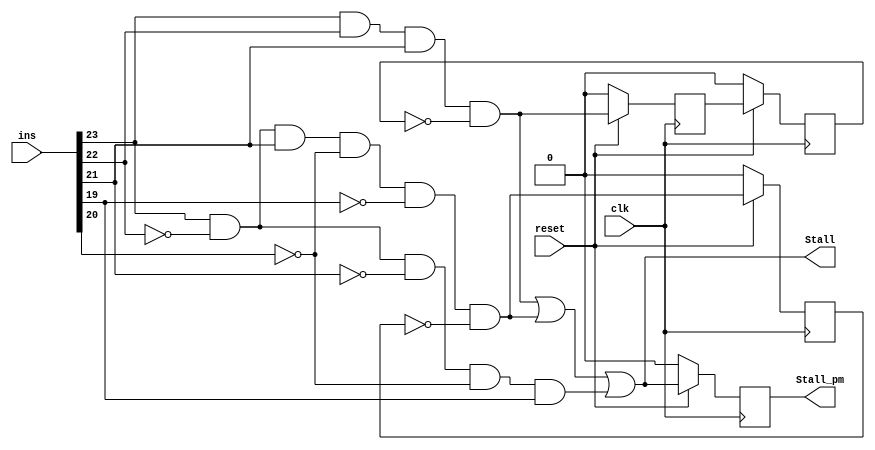
`timescale 1ns / 1ps
//////////////////////////////////////////////////////////////////////////////////
// Company: 
// Engineer: 
// 
// Design Name: 
// Module Name:    Stall_Control_Block 
// Project Name: 
// Target Devices: 
// Tool versions: 
// Description: 
//
// Dependencies: 
//
// Revision: 
// Revision 0.01 - File Created
// Additional Comments: 
//
//////////////////////////////////////////////////////////////////////////////////
module Stall_Control_Block(
    output reg Stall_pm,
    output Stall,
    input [23:0] ins,
    input clk,
    input reset
    );

///////////////////////////////////////////////////////////////////////////////////Declarations/////////////////////////////////////////////////////////////////////////////////////////////////
	wire jump_temp1, jump_temp3, ld_temp1;
	wire jump, ld, hlt, Stall_temp;
	wire [4:0] ins_temp;	// Temporary reg for storing the instruction
	reg jump_temp2, jump_temp4, ld_temp2;
//////////////////////////////////////////////////////////////////////////////////////////////////////////////////////////////////////////////////////////////////////////////////////////////

////////////////////////////////////////////////////////////////////////////////////Combinational Block/////////////////////////////////////////////////////////////////////////////////////////////
	assign ins_temp = ins[23:19];
	assign jump = ins_temp[4] & ins_temp[3] & ins_temp[2] & ~jump_temp4;
	assign ld = ins_temp[4] & ~ins_temp[3] & ins_temp[2] & ~ins_temp[1] & ~ins_temp[0] & ~ld_temp2;
	assign hlt = ins_temp[4] & ~ins_temp[3] & ~ins_temp[2] & ~ins_temp[1] & ins_temp[0];
	
	assign Stall = jump | ld | hlt; // Stall

	assign jump_temp1 = reset ?  jump : 1'b0;	// Temporary value of jump 1 to be scanned at next clock edge
	assign ld_temp1 = reset ?  ld : 1'b0;	// Temporary value of ld to be scanned at next clock edge
	assign jump_temp3 = reset ?  jump_temp2 : 1'b0;	// Temporary value of jump 3 to be scanned at next clock edge
	assign Stall_temp = reset ? Stall : 1'b0;	// Temporary value of Stall to be scanned at next clock edge
//////////////////////////////////////////////////////////////////////////////////////////////////////////////////////////////////////////////////////////////////////////////////////////////

//////////////////////////////////////////////////////////////////////////////////////Sequential Block///////////////////////////////////////////////////////////////////////////////////
	always @(posedge clk)
	begin
		jump_temp2 <= jump_temp1;	// Scanning at next clock edge
		jump_temp4 <= jump_temp3;	// Scanning at next clock edge
		ld_temp2 <= ld_temp1;	// Scanning at next clock edge
		Stall_pm <= Stall_temp;	// Scanning at next clock edge
	end
//////////////////////////////////////////////////////////////////////////////////////////////////////////////////////////////////////////////////////////////////////////////////////////////

endmodule